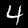
Label: 4